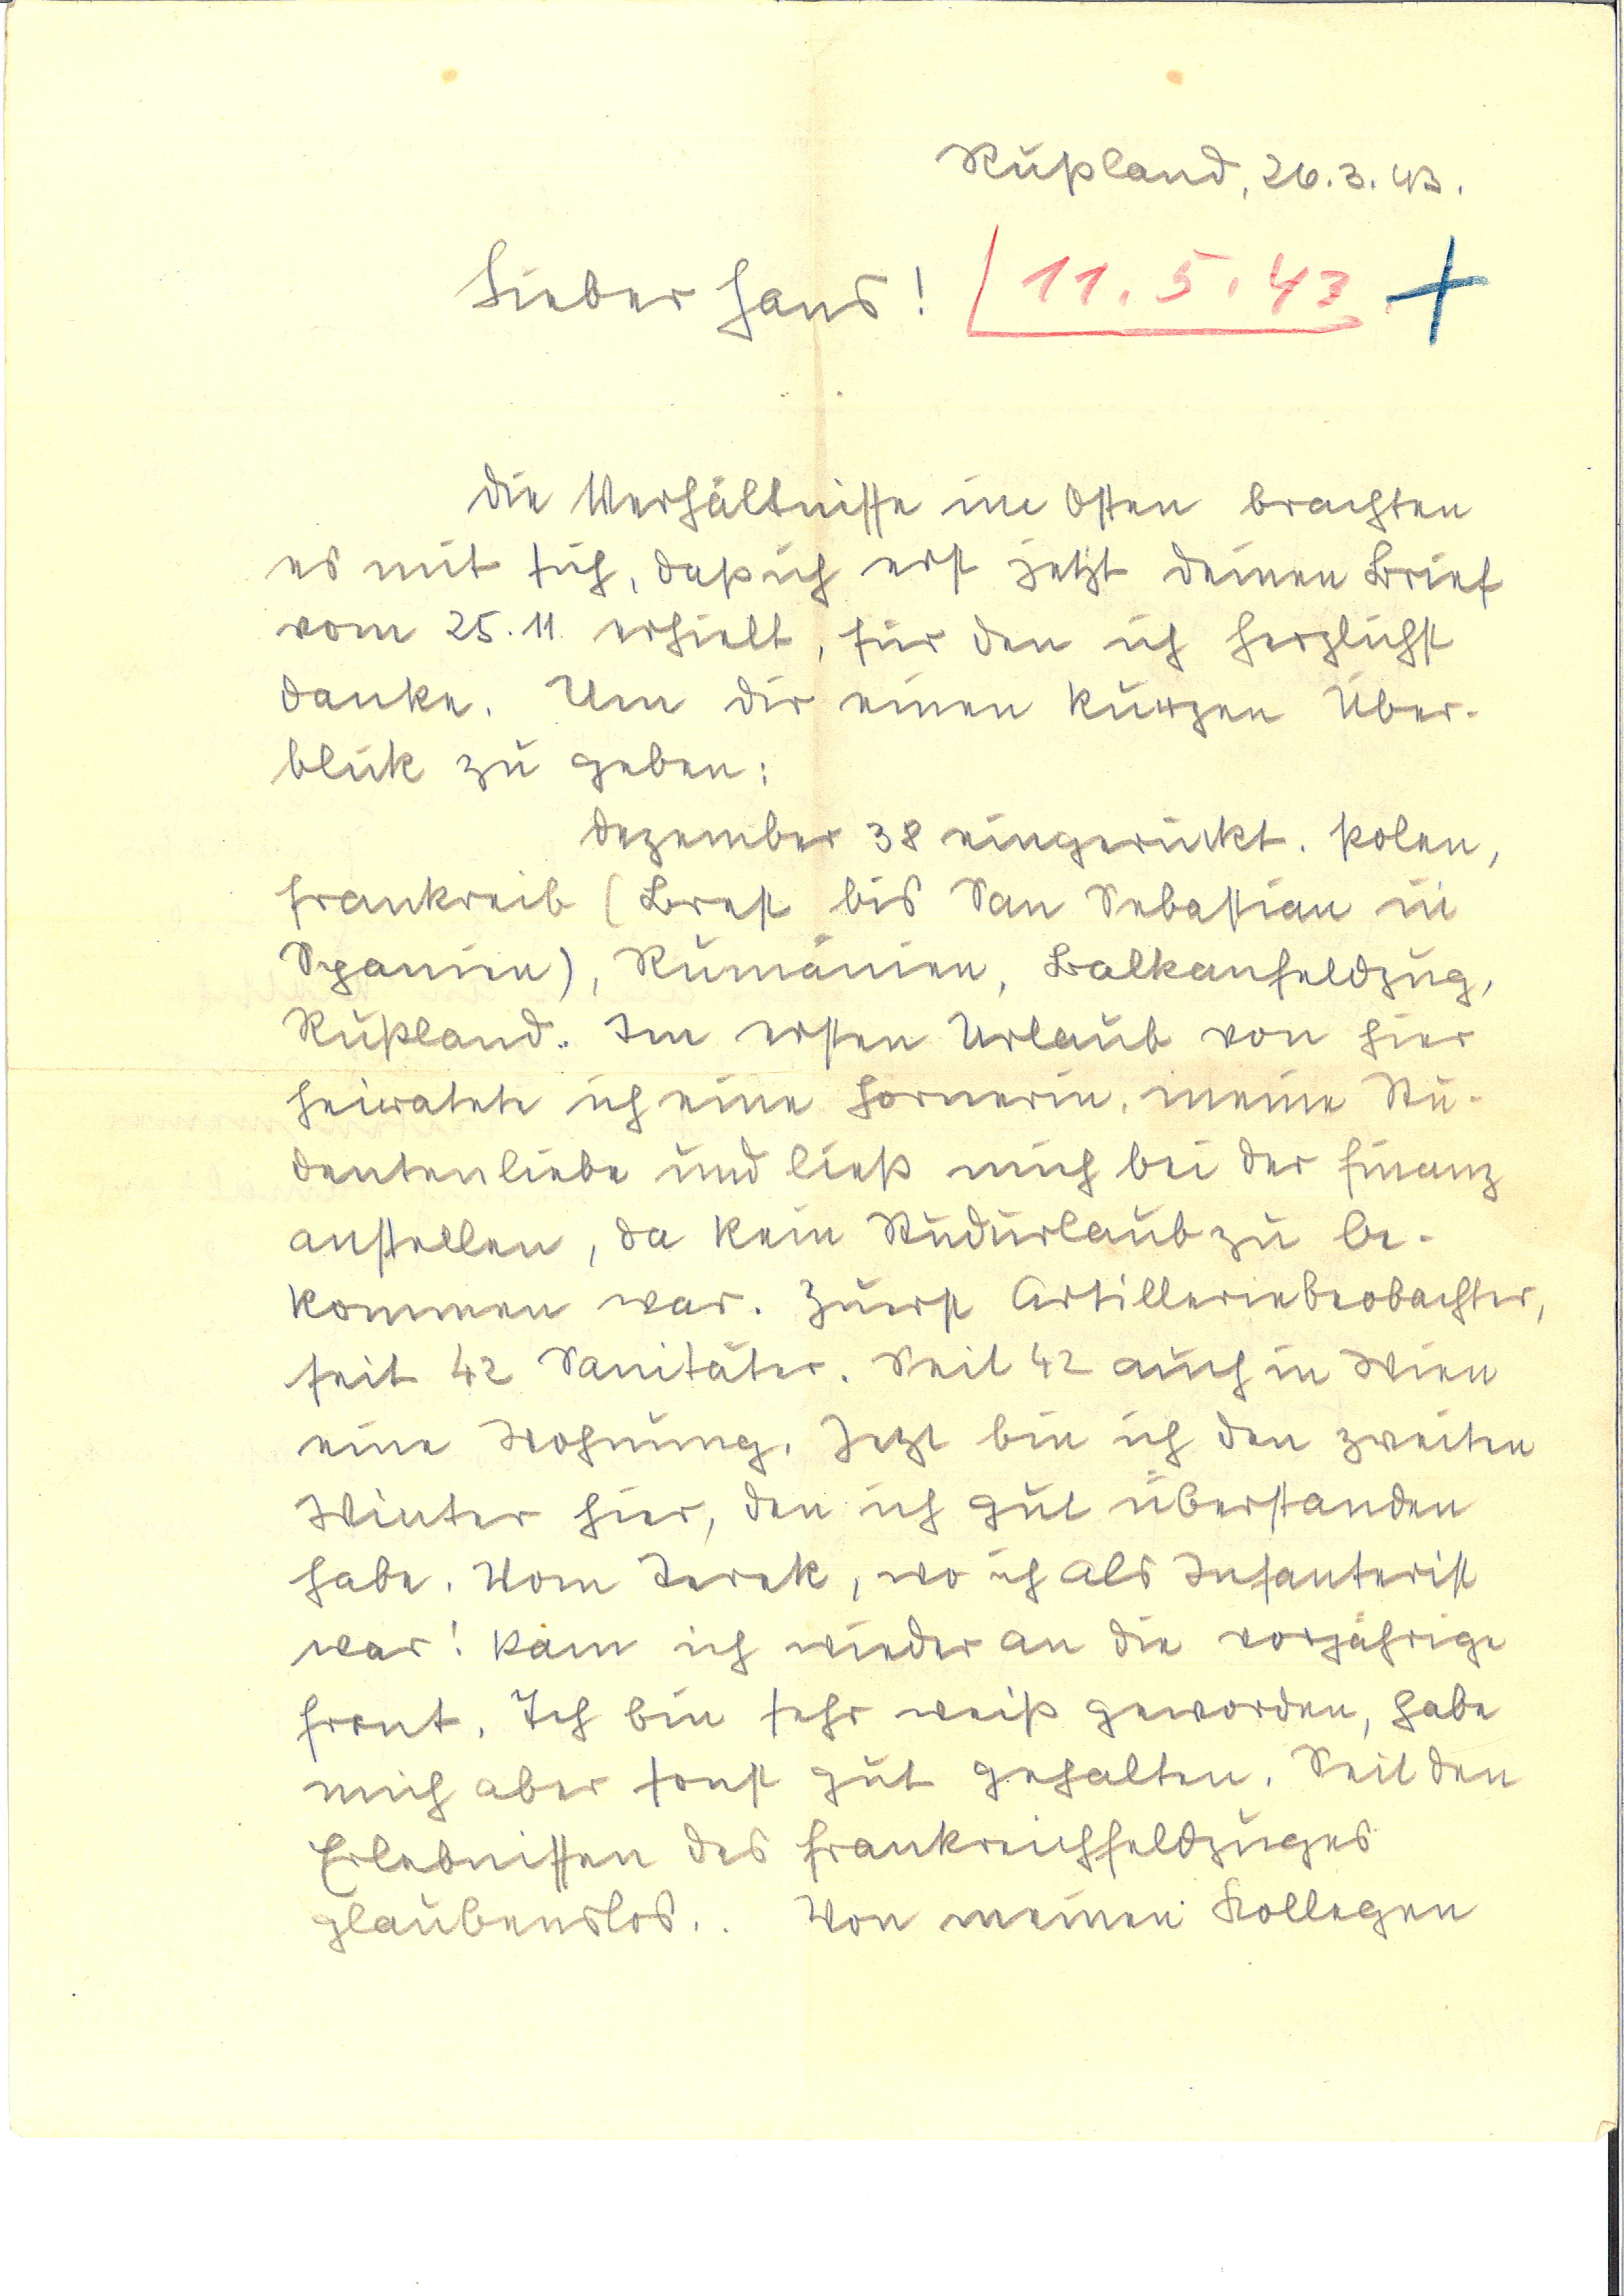
Rußland, 26.3.43
Lieber Hans!  11.5.43 +
Die Verhältnisse im Osten brachten
es mit sich, daß ich erst jetzt Deinen Brief
vom 25.11. erhielt, für den ich herzlichst
danke. Um Dir einen kurzen Über¬
blick zu geben:
Dezember 38 eingerückt. Polen,
Frankreich (Brest bis San Sebastian in
Spanien), Rumänien, Balkanfeldzug,
Rußland. Im ersten Urlaub von hier
heiratete ich eine Hornerin, meine Stu¬
dentenliebe und ließ mich bei der Finanz
anstellen, da kein Kindurlaub zu be¬
kommen war. Zuerst Artilleriebeobachter
seit 42 Sanitäter. Seit 42 auch in Wien
eine Hofnung, jetzt bin ich den zweiten
Winter hier, den ich gut überstanden
habe. Vom Terek, wo ich als Infanterist
war! kam ich wieder an die vorjährige
Front. Ich bin sehr weiß geworden, habe
mich aber sonst gut gehalten. Seit den
Erlebnissen des Frankenfeldzuges
glaubenslos. Von meinen Kollegen